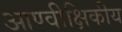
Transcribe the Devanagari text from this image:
आण्वीक्षिकीय